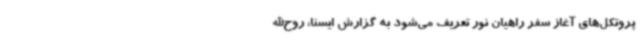
پروتکل‌های آغاز سفر راهیان نور تعریف می‌شود به گزارش ایسنا، روح‌الله